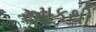
રૂપકથી